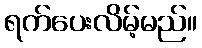
ရက်ပေးလိမ့်မည်။